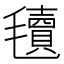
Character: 𣰬